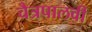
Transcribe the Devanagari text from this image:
चैत्रपालवी